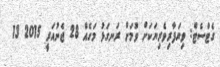
ގެޓްސެޓް: ވިޔަފާރިވެރިޔަކަށް ވުމަށް ރަނގަޅު މަގެއް 28 ޖެނުއަރީ 2015 13